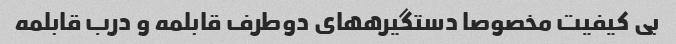
بی کیفیت مخصوصا دستگیرههای دوطرف قابلمه و درب قابلمه